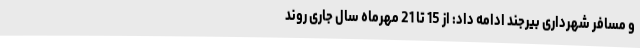
و مسافر شهرداری بیرجند ادامه داد: از 15 تا 21 مهرماه سال جاری روند